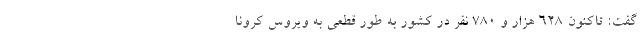
گفت: تاکنون ۶۲۸ هزار و ۷۸۰ نفر در کشور به طور قطعی به ویروس کرونا